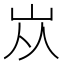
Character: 𡵝